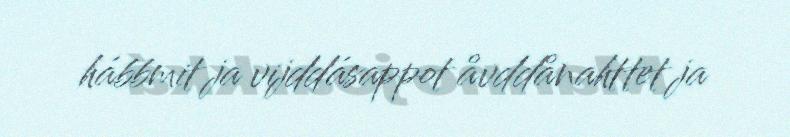
hábbmit ja vijddásappot åvddånahttet ja